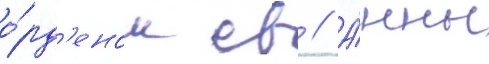
о́рд'еном св // А́нны